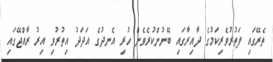
ތެރޭގައި ފަތުރުވެރިކަމުގެ ދާއިރާގައި ބޭނުންކުރެވެން ހުރި އެނދުގެ އަދަދު އިތުރުވި އިރު ރާއްޖޭގައި